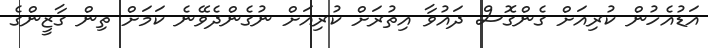
އަޑުއެހުން ކުރިއަށް ގެންގޮސް ދައުވާ އިތުރަށް ކުރިއަށް ނުގެންދެވޭނެ ކަމަށް ތިން ގާޒީންގެ